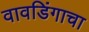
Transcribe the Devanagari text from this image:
वावडिंगाचा